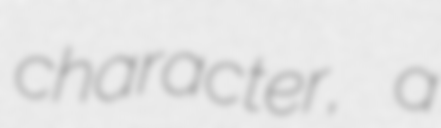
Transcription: character, a